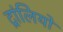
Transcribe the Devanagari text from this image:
ट्रांलियों